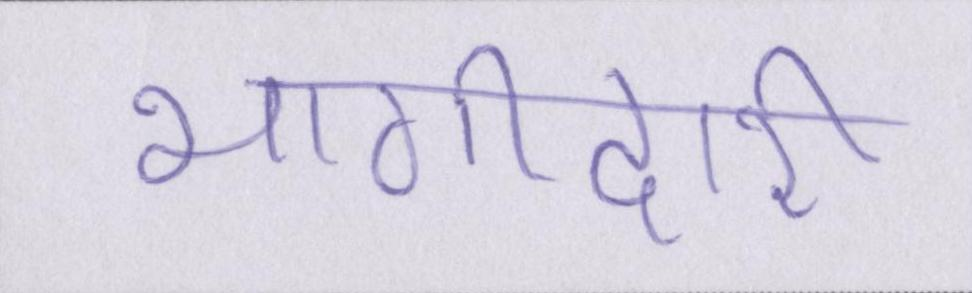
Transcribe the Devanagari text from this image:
भागीदारी